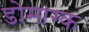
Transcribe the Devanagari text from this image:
डोमाग्क